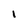
Character: I